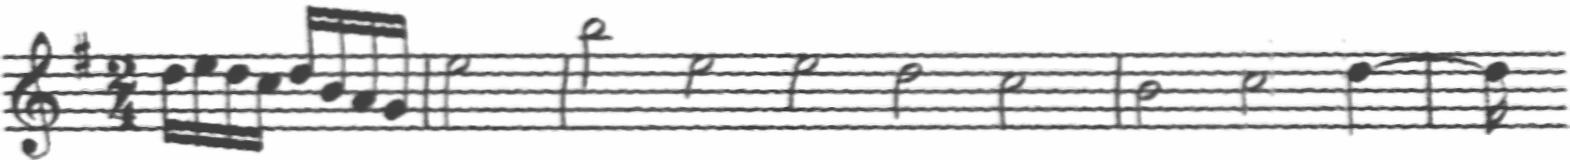
Transcription: clef-G2 keySignature-GM timeSignature-2/4 note-D5_sixteenth note-E5_sixteenth note-D5_sixteenth note-C5_sixteenth note-D5_sixteenth note-B4_sixteenth note-A4_sixteenth note-G4_sixteenth barline note-E5_half barline note-B5_half note-E5_half note-E5_half note-D5_half note-C5_half barline note-B4_half note-C5_half note-D5_quarter tie barline note-D5_sixteenth